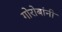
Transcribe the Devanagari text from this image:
गोरोबांनी